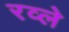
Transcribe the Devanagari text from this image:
रव्ले